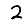
Digit: 2